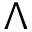
\Lambda